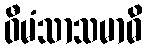
ဝီမံသာသမာဓိ